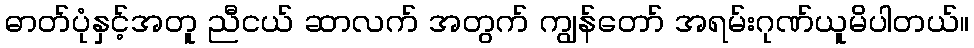
ဓာတ်ပုံနှင့်အတူ ညီငယ် ဆာလက် အတွက် ကျွန်တော် အရမ်းဂုဏ်ယူမိပါတယ်။